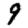
Digit: 9